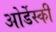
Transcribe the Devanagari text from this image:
ओर्डेस्की